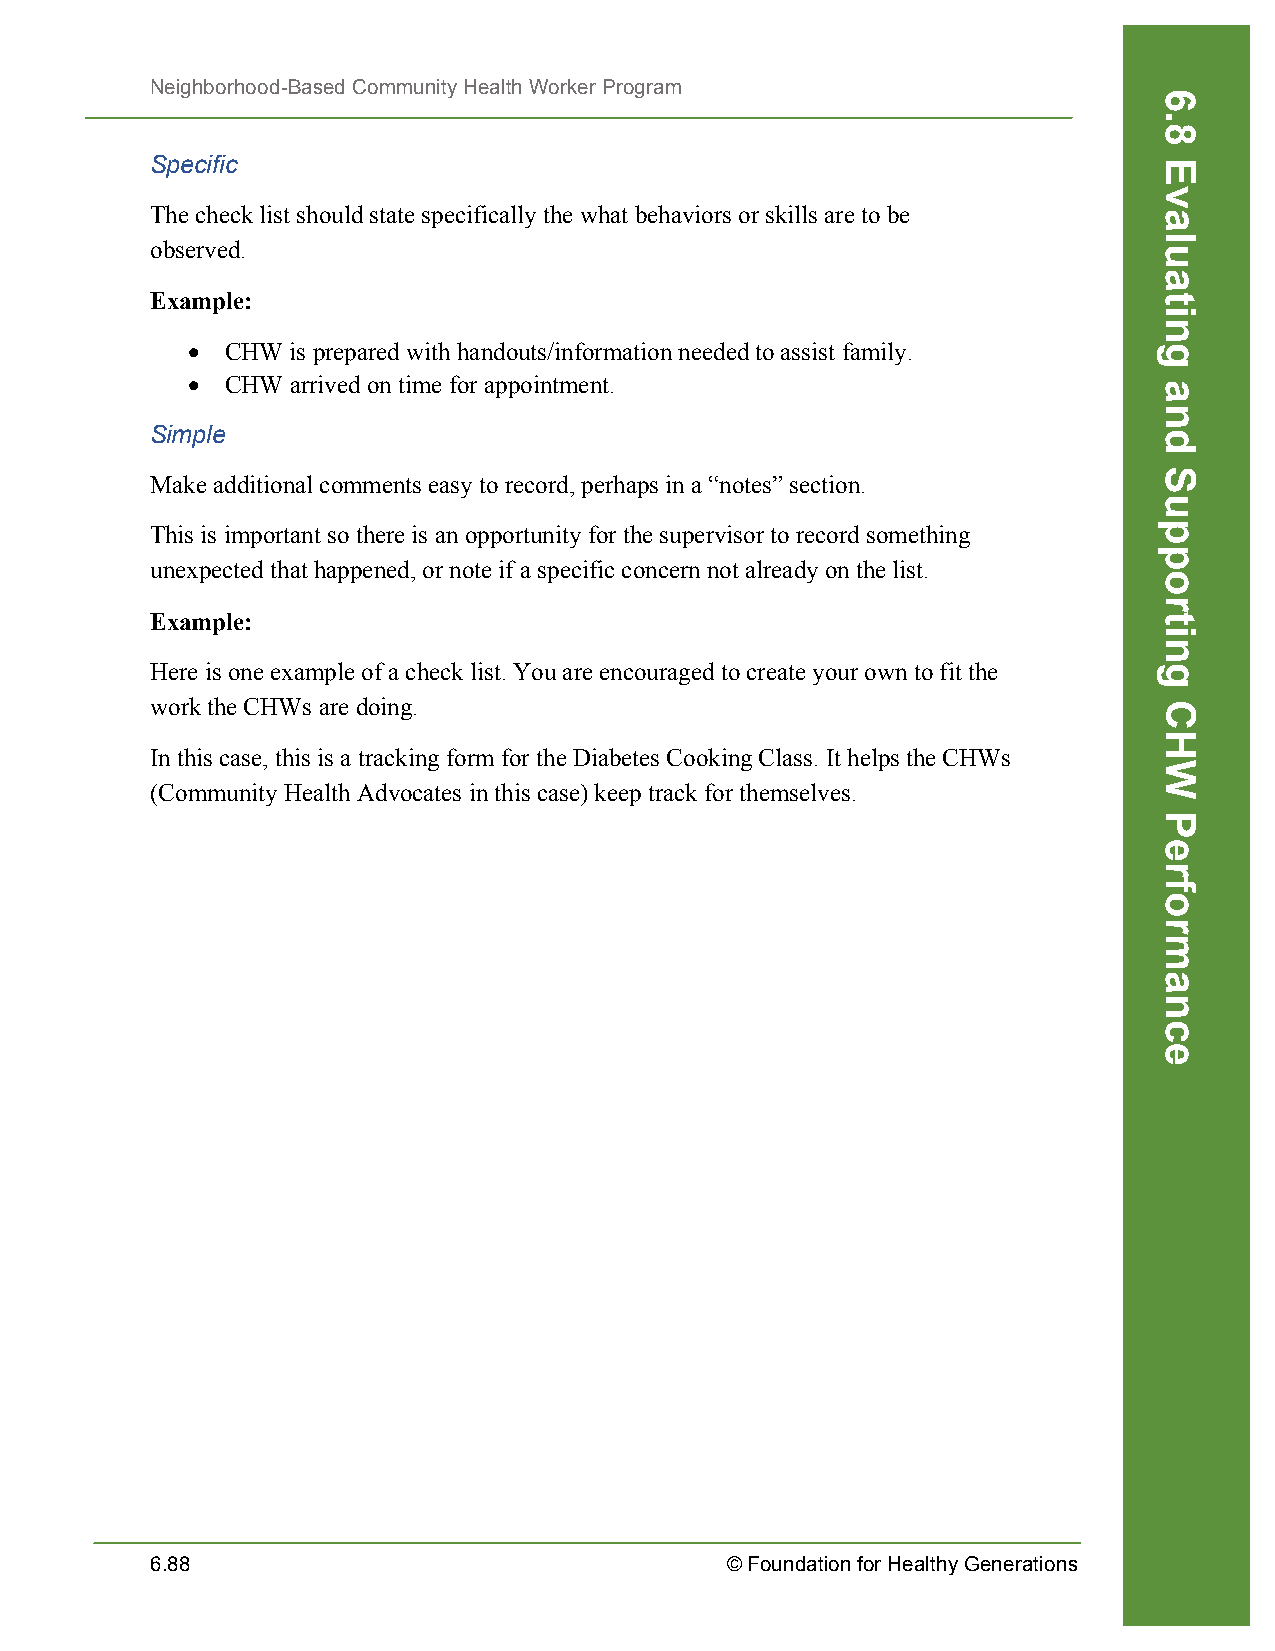
Neighborhood-Based Community Health Worker Program
 Specific
 The check list should state specifically the what behaviors or skills are to be
 observed.
 Example:
 •  CHW is prepared with handouts/information needed to assist family.
 •  CHW arrived on time for appointment.
 Simple
 Make additional comments easy to record, perhaps in a “notes” section.
 This is important so there is an opportunity for the supervisor to record something
 unexpected that happened, or note if a specific concern not already on the list.
 Example:
 Here is one example of a check list. You are encouraged to create your own to fit the
 work the CHWs are doing.
 In this case, this is a tracking form for the Diabetes Cooking Class. It helps the CHWs
 (Community Health Advocates in this case) keep track for themselves.
 6.88                                  © Foundation for Healthy Generations
 6.8
 Evaluating
 and
 Supporting
 CHW
 Performance